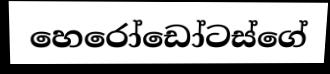
හෙරෝඩෝටස්ගේ